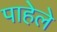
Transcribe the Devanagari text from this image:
पाहेले